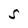
Character: S